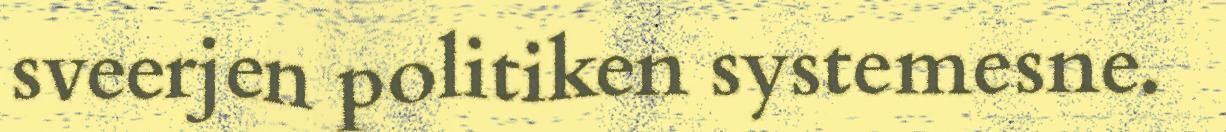
sveerjen politiken systemesne.